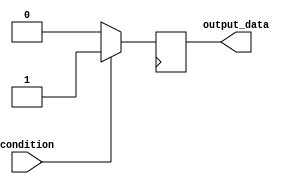
module if_else_statement (
    input wire condition,
    output reg output_data
);

always @ (posedge clk) begin
    if (condition)
    begin
        // code block to be executed if condition is true
        output_data <= 1'b1;
    end
    else
    begin
        // code block to be executed if condition is false
        output_data <= 1'b0;
    end
end

endmodule